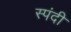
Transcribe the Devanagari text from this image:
स्पंदी